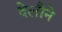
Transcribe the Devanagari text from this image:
देलौने